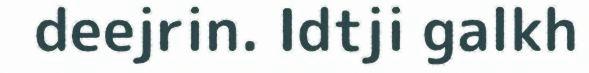
deejrin. Idtji galkh